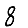
Digit: 8